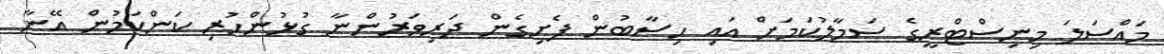
މައްސަލަ މިނިސްޓްރީގެ ސަމާލުކަމަށް އައި ހިސާބުން ފެށިގެން ދަރިވަރުންނާ ގުޅުންހުރި ކަންކަމުން އޭނާ